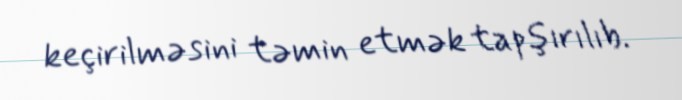
keçirilməsini təmin etmək tapşırılıb.